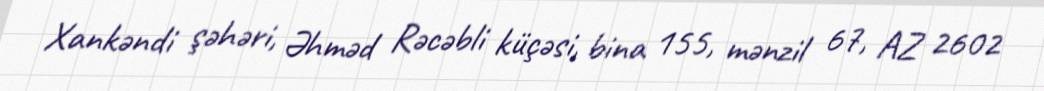
Xankəndi şəhəri, Əhməd Rəcəbli küçəsi, bina 155, mənzil 67, AZ 2602